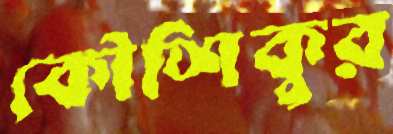
কৌশিকুর